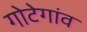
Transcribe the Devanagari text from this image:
गोटेगांव